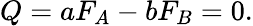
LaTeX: Q=aF_{A}-bF_{B}=0.